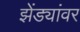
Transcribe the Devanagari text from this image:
झेंड्यांवर